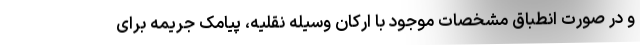
و در صورت انطباق مشخصات موجود با ارکان وسیله نقلیه، پیامک جریمه برای